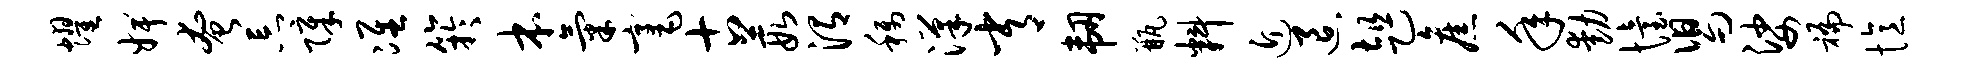
耀婢奄忘障准竽本气毫古葭渭称汉常韧瓶料近退趄旧年动怡舄娑褊忆